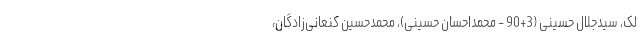
لک، سیدجلال حسینی (3+90 - محمداحسان حسینی)، محمدحسین کنعانی‌زادگان،